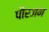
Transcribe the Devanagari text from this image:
पौरजन